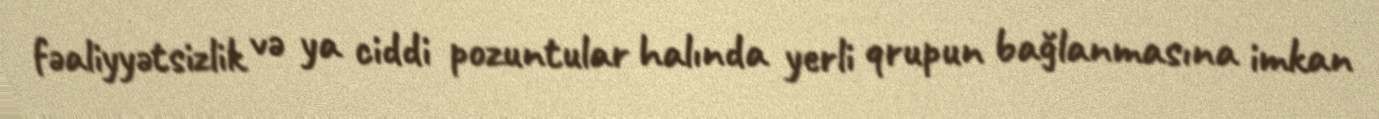
fəaliyyətsizlik və ya ciddi pozuntular halında yerli qrupun bağlanmasına imkan